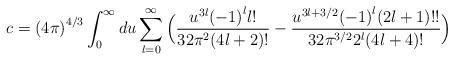
LaTeX: \begin{align*}c={(4\pi)}^{4/3}\int_0^{\infty} du \sum_{l=0}^{\infty}\Big(\frac{u^{3l}{(-1)}^l l!}{32\pi^2(4l+2)!}-\frac{u^{3l+3/2}{(-1)}^l (2l+1)!!}{32\pi^{3/2}2^l(4l+4)!}\Big)\end{align*}